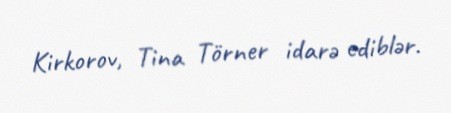
Kirkorov, Tina Törner idarə ediblər.